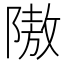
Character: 隞